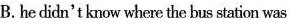
B. he didn't know where the bus station was